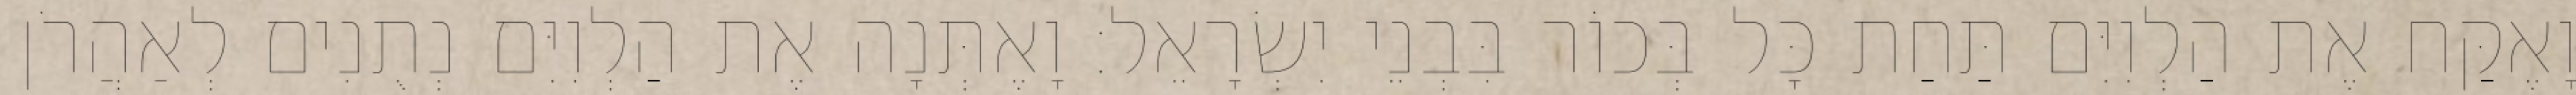
וָאֶקַּח אֶת הַלְוִיִּם תַּחַת כָּל בְּכוֹר בִּבְנֵי יִשְׂרָאֵל׃ וָאֶתְּנָה אֶת הַלְוִיִּם נְתֻנִים לְאַהֲרֹן